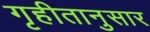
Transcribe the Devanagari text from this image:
गृहीतानुसार